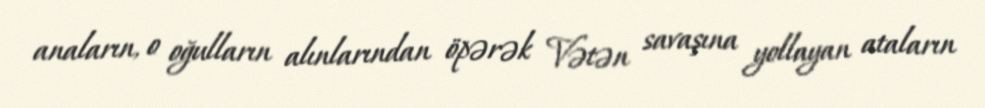
anaların, o oğulların alınlarından öpərək Vətən savaşına yollayan ataların